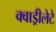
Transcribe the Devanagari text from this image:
क्वाड्रीलेटे